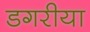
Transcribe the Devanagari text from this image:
डगरीया